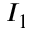
I _ { 1 }